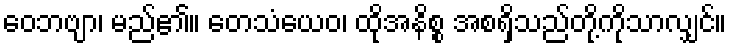
ဝေဘဗျာ၊ မည်၏။ တေသံယေဝ၊ ထိုအနိစ္စ အစရှိသည်တို့ကိုသာလျှင်။